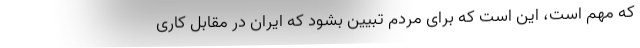
که مهم است، این است که برای مردم تبیین بشود که ایران در مقابل کاری